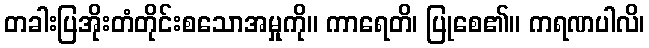
တခါးပြအိုးတံတိုင်းစသောအမှုကို။ ကာရေတိ၊ ပြုစေ၏။ ကရဏပါလိ၊